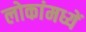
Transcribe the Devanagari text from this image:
लोकांमध्यें